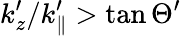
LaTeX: k_{z}^{\prime}/k_{\parallel}^{\prime}>\tan\Theta^{\prime}